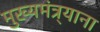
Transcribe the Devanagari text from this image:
मुख्यमंत्र्याना